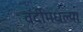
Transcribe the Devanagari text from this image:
वर्दीमधल्या